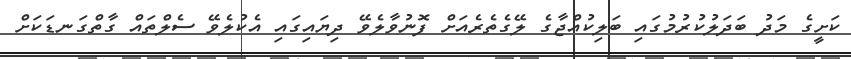
ކަށީގެ މަދު ބަދަލުކުރުމުގައި ބަލިކުއްޖާގެ ލޭގެތެރެއަށް ފޮނުވާލެވޭ ދިޔައިގައި އެކުލެވޭ ސެލްތައް ގާތްގަނޑަކަށް